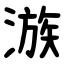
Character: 㵀